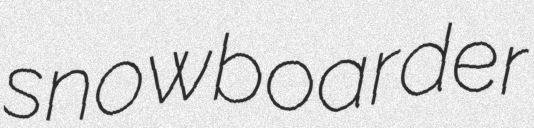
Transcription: snowboarder